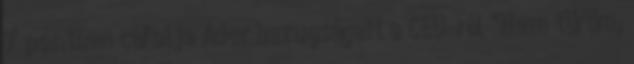
7 pontban cáfolja Áder hazugságait a CEU-ról "Nem tűröm,